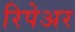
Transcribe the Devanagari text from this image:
रिपेअर